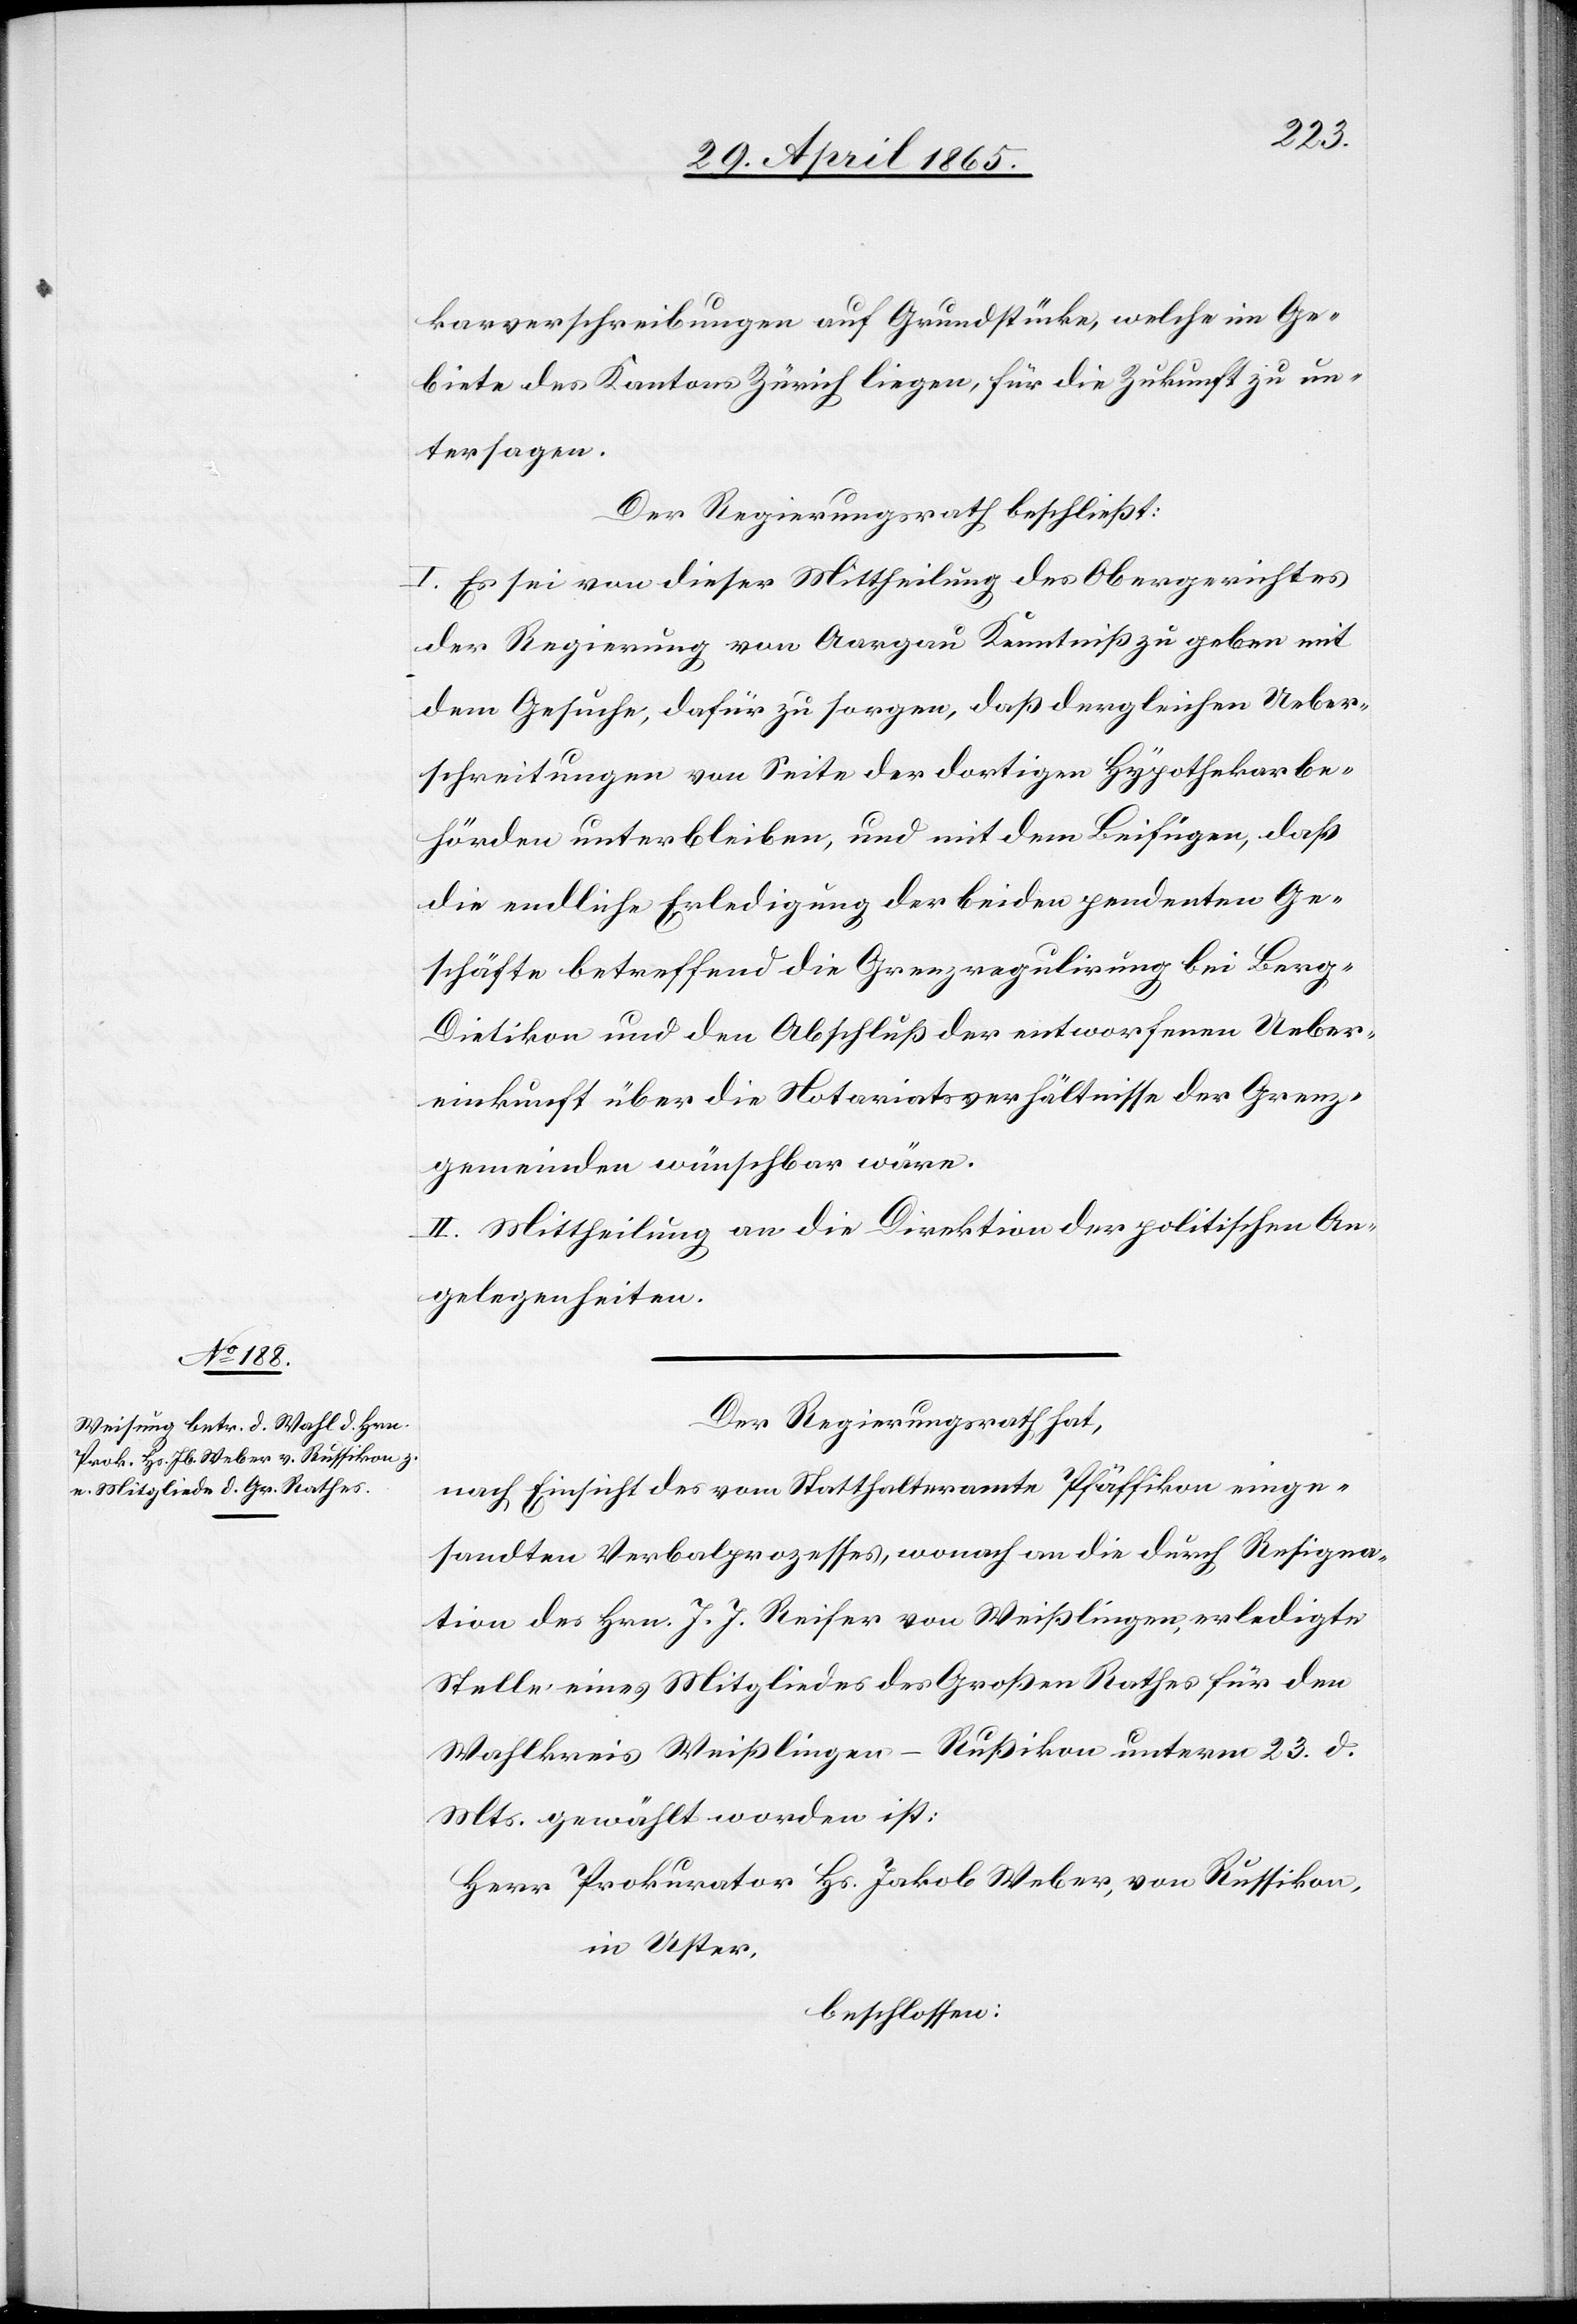
karverschreibungen auf Grundstücke, welche im Ge¬
biete des Kantons Zürich liegen, für die Zukunft zu un¬
tersagen.
Der Regierungsrath beschließt:
I. Es sei von dieser Mittheilung des Obergerichtes
der Regierung von Aargau Kenntniß zu geben mit
dem Gesuche, dafür zu sorgen, daß dergleichen Ueber¬
schreitungen von Seite der dortigen Hypothekarbe¬
hörden unterbleiben, und mit dem Beifügen, daß
die endliche Erledigung der beiden pendenten Ge¬
schäfte betreffend die Grenzregulirung bei Ber¬
g-Dietikon und den Abschluß der entworfenen Ueber¬
einkunft über die Notariatsverhältnisse der Grenz¬
gemeinden wünschbar wäre.
II. Mittheilung an die Direktion der politischen An¬
gelegenheiten.
Der Regierungsrath hat,
nach Einsicht des vom Statthalteramte Pfäffikon einge¬
sandten Verbalprozesses, wonach an die durch Resigna¬
tion des Hrn. J. J. Reifer von Weißlingen, erledigte
Stelle eines Mitgliedes des Großen Rathes für den
Wahlkreis Weißlingen-Rußikon unterm 23. d.
Mts. gewählt worden ist:
Herr Prokurator Hs. Jakob Weber, von Russikon,
in Uster,
beschlossen: